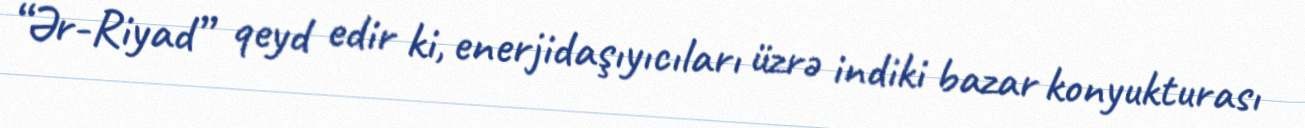
“Ər-Riyad” qeyd edir ki, enerjidaşıyıcıları üzrə indiki bazar konyukturası